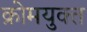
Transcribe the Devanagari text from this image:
क्रोमयुक्त